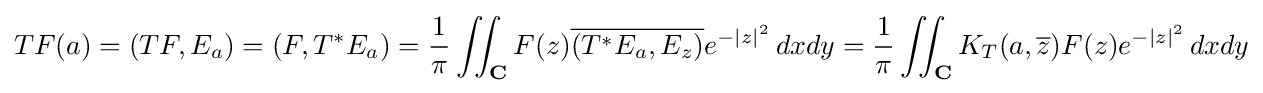
TF(a)=(TF,E_{a})=(F,T^{*}E_{a})={\frac {1}{\pi }}\iint _{\mathbf {C} }F(z){\overline {(T^{*}E_{a},E_{z})}}e^{-|z|^{2}}\,dxdy={\frac {1}{\pi }}\iint _{\mathbf {C} }K_{T}(a,{\overline {z}})F(z)e^{-|z|^{2}}\,dxdy